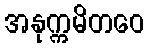
အနုက္ကမိတဝေ